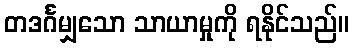
တဒင်္ဂမျှသော သာယာမှုကို ရနိုင်သည်။